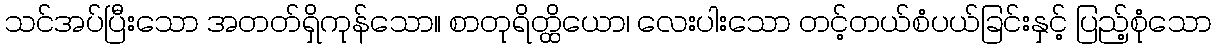
သင်အပ်ပြီးသော အတတ်ရှိကုန်သော။ စာတုရိတ္ထိယော၊ လေးပါးသော တင့်တယ်စံပယ်ခြင်းနှင့် ပြည့်စုံသော